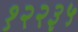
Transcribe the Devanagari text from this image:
१२२३५